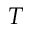
T